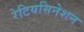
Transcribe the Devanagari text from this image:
रेटियसिनेशन